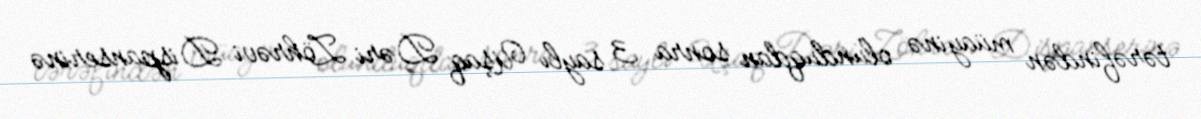
tərəfindən müayinə olunduqdan sonra 3 saylı Uşaq Dəri Zöhrəvi Dispanserinə